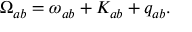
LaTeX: \Omega _ { a b } = \omega _ { a b } + K _ { a b } + q _ { a b } .